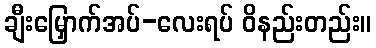
ချီးမြှောက်အပ်-လေးရပ် ဝိနည်းတည်း။